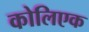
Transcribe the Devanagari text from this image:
कोलिएक